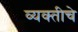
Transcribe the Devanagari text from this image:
व्यक्‍तीचे